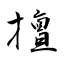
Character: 擅